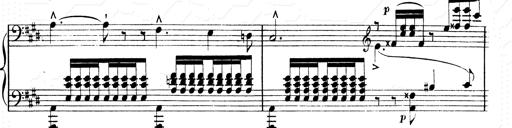
Title: 2 Transcriptions d'aprÃ¨s Rossini
Composer: Franz Liszt